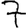
Digit: 7